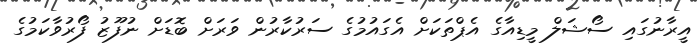
އީރާނުގައި ސޯޝަލް މީޑިއާގެ އެޕްތަކަށް އެގައުމުގެ ސަރުކާރުން ވަރަށް ބޮޑަށް ނުފޫޒު ފޯރުވާކަމުގެ